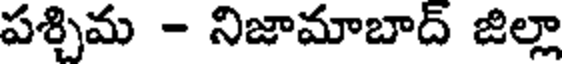
పశ్చిమ - నిజామాబాద్ జిల్లా